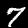
Label: 7